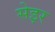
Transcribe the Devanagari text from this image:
सेइर